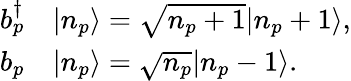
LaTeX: \begin{array}{rl}{b_{p}^{\dagger}}&{{}|n_{p}\rangle=\sqrt{n_{p}+1}|n_{p}+1\rangle,}\\ {b_{p}}&{{}|n_{p}\rangle=\sqrt{n_{p}}|n_{p}-1\rangle.}\end{array}